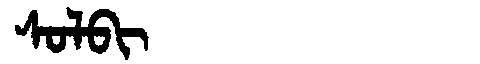
Manchu: ᠰᠣᠯᠪᡳ
Romanization: SOLBI